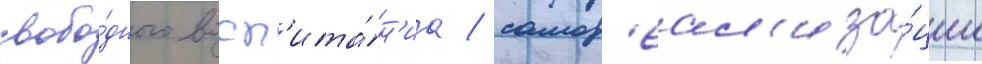
свобо́дного восп'ита́н'иа / самор'еал'иза́ции